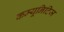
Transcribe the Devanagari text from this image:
कम्यूनिटिज